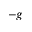
- g